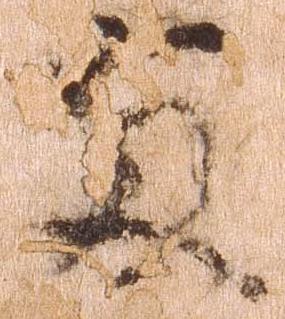
両